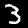
Label: 3